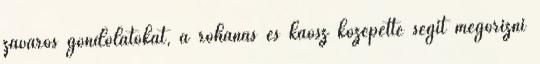
zavaros gondolatokat, a rohanás és káosz közepette segít megőrizni